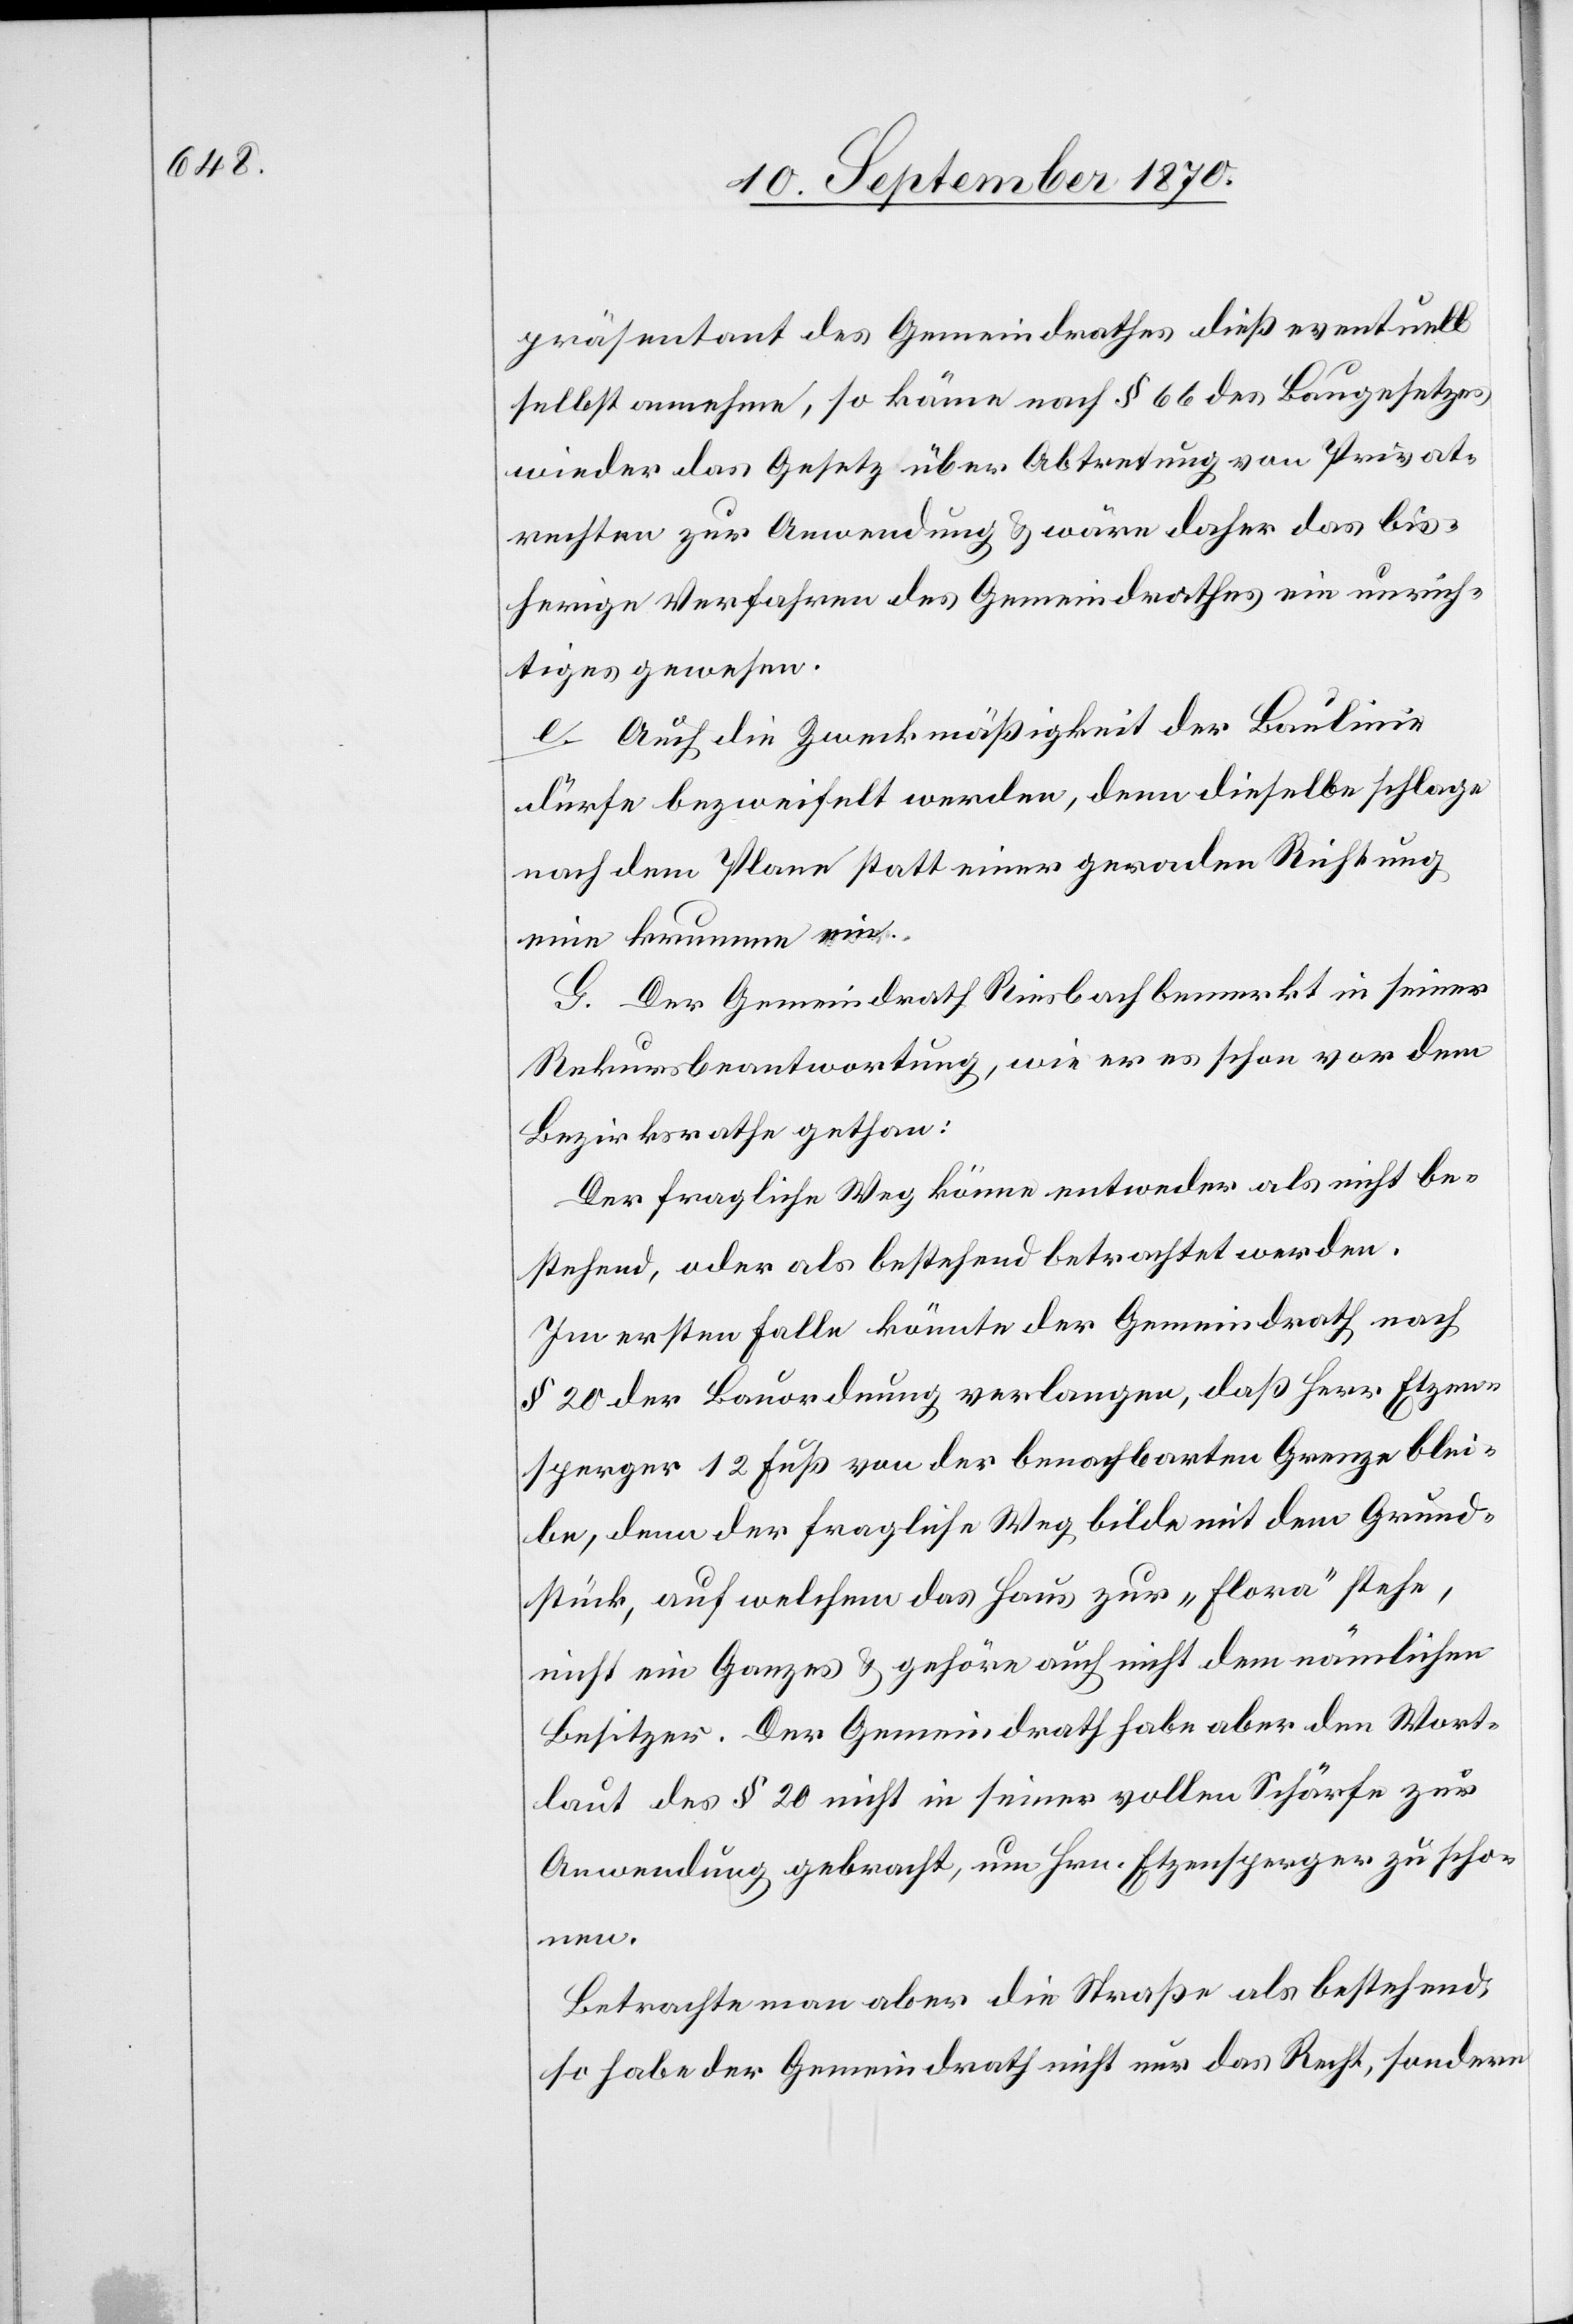
präsentant des Gemeindrathes dieß eventuell
selbst annehme, so käme nach § 66 des Baugesetzes
wieder das Gesetz über Abtretung von Privat¬
rechten zur Anwendung & wäre daher das bis¬
herige Verfahren des Gemeindrathes ein unrich¬
tiges gewesen.
e. Auch die Zweckmäßigkeit der Baulinie
dürfe bezweifelt werden, denn dieselbe schlage
nach dem Plane statt einer geraden Richtung
eine krumme ein.
G. Der Gemeindrath Riesbach bemerkt in seiner
Rekursbeantwortung, wie er es schon vor dem
Bezirksrathe gethan:
Der fragliche Weg könne entweder als nicht be¬
stehend, oder als bestehend betrachtet werden.
Im ersten Falle könnte der Gemeindrath nach
§ 20 der Bauordnung verlangen, daß Herr Etzen¬
sperger 12 Fuß von der benachbarten Grenze blei¬
be, denn der fragliche Weg bilde mit dem Grund¬
stück, auf welchem das Haus zur „Flora“ stehe,
nicht ein Ganzes & gehöre auch nicht dem nämlichen
Besitzer. Der Gemeindrath habe aber dem Wort¬
laut des § 20 nicht in seiner vollen Schärfe zur
Anwendung gebracht, um Hrn. Etzensperger zu scho¬
nen.
Betrachte man aber die Straße als bestehend,
so habe der Gemeindrath nicht nur das Recht, sondern